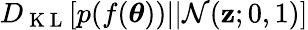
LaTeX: D_{\mathrm{~K~L~}}[p(f(\boldsymbol{\theta}))||\mathcal{N}(\mathbf{z};0,1)]